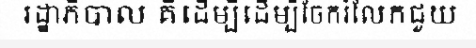
រដ្ឋាភិបាល គឺដើម្បីដើម្បីចែករំលែកជួយ